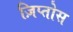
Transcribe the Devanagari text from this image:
ज़िप्तोस